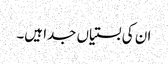
ان کی بستیاں جدا ہیں۔